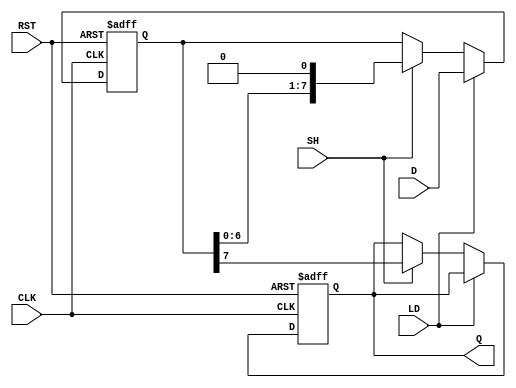
module dynamic_piso_register #(
    parameter WIDTH = 8  // Parameter for the width of the register
)(
    input wire [WIDTH-1:0] D,  // Parallel data input
    input wire LD,              // Load control signal
    input wire SH,              // Shift control signal
    input wire CLK,             // Clock signal
    input wire RST,             // Reset signal
    output reg Q                // Serial output
);

    reg [WIDTH-1:0] shift_reg;  // Shift register to hold the data

    always @(posedge CLK or posedge RST) begin
        if (RST) begin
            shift_reg <= {WIDTH{1'b0}}; // Reset the register to 0
            Q <= 1'b0;                  // Reset the serial output
        end else if (LD) begin
            shift_reg <= D;             // Load parallel data into the shift register
        end else if (SH) begin
            Q <= shift_reg[WIDTH-1];    // Output the MSB to Q
            shift_reg <= {shift_reg[WIDTH-2:0], 1'b0}; // Shift left
        end
    end

endmodule